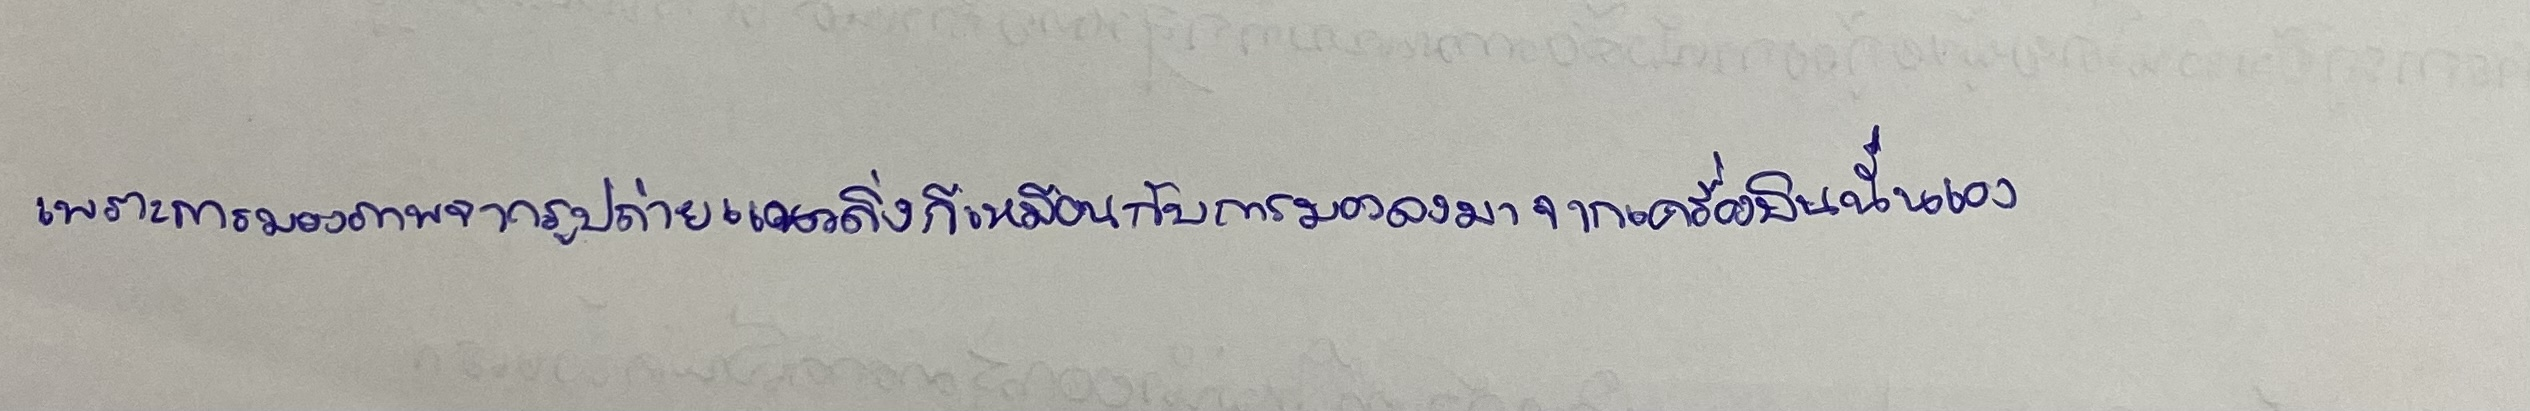
เพราะการมองภาพจากรูปถ่ายแนวดิ่งก็เหมือนกับการมองลงมาจากเครื่องบินนั่นเอง